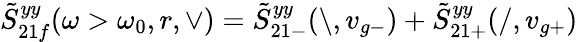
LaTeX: \tilde{S}_{21f}^{yy}(\omega>\omega_{0},r,\vee)=\tilde{S}_{21-}^{yy}(\backslash,v_{g-})+\tilde{S}_{21+}^{yy}(/,v_{g+})